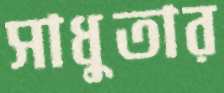
সাধুতার